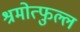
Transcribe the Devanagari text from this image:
श्रमोत्फुल्ल